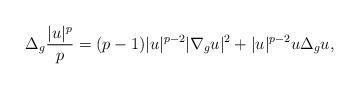
LaTeX: \begin{align*} \Delta_g \frac{|u|^p}{p}=(p-1)|u|^{p-2}|\nabla_g u|^2+|u|^{p-2}u\Delta_g u, \end{align*}